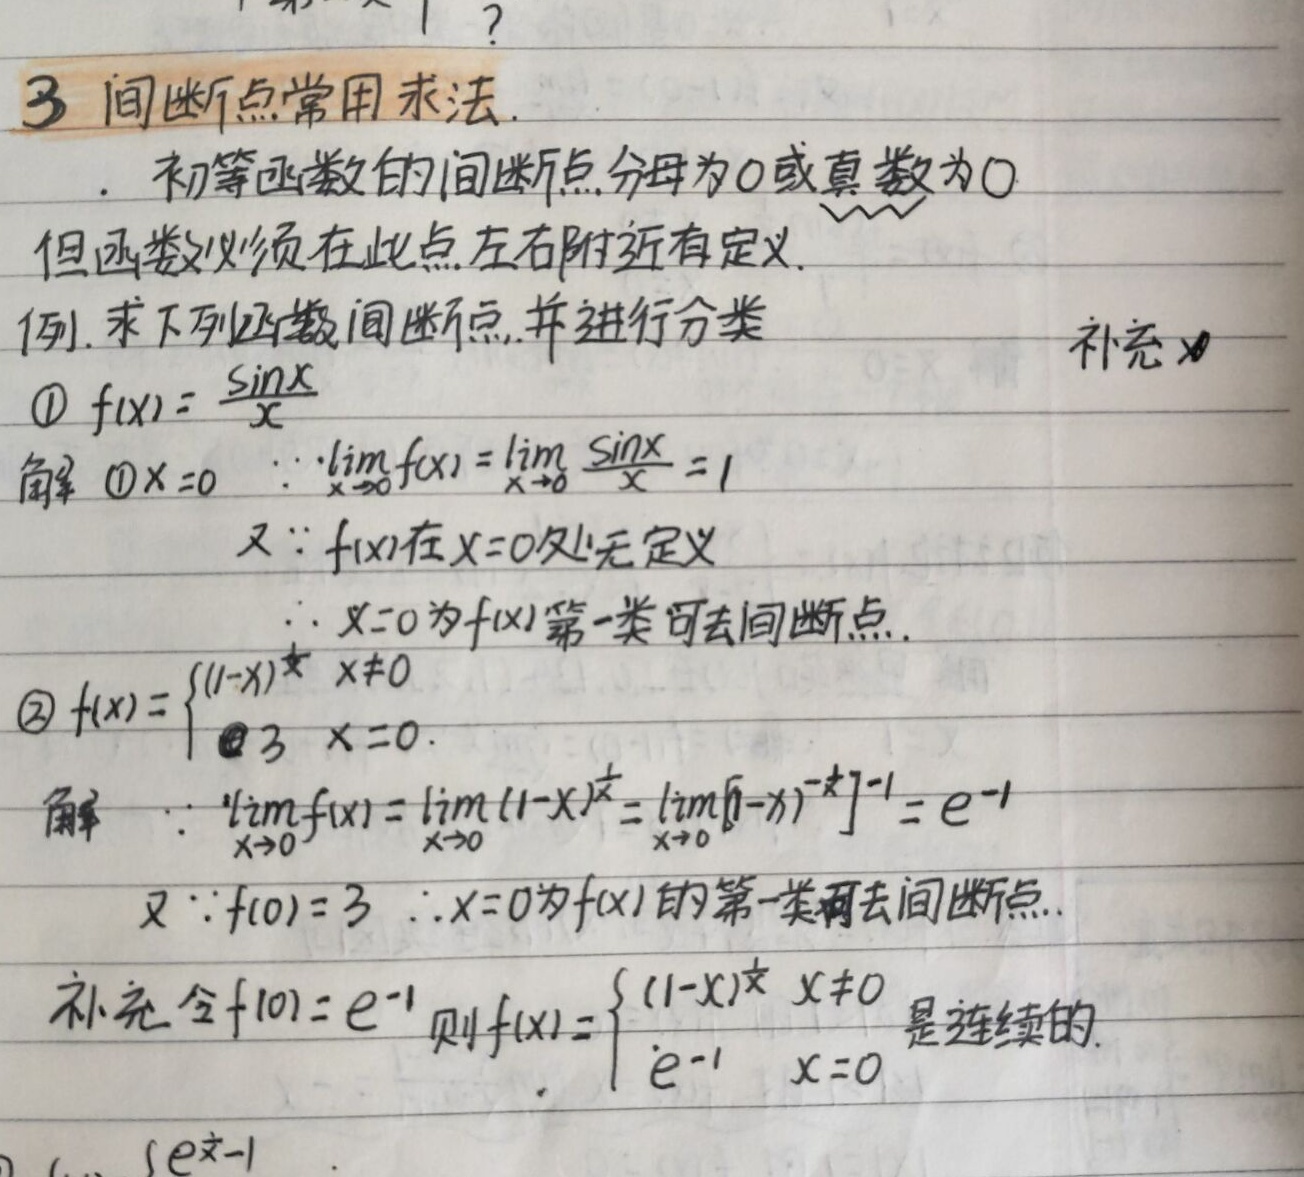
3 间断点常用求法.
. 初等函数的间断点分母为0或真数为0
但函数必须在此点左右附近有定义.
例. 求下列函数间断点, 并进行分类
补充✗
\begin{enumerate}
\item \(f(x)=\frac{\sin x}{x}\)
解 \(\textcircled{1}x = 0\quad\because\lim_{x\rightarrow0}f(x)=\lim_{x\rightarrow0}\frac{\sin x}{x}=1\)
又\(\because f(x)\)在\(x = 0\)处无定义
\(\therefore x = 0\)为\(f(x)\)第一类可去间断点.
\item \(f(x)=\begin{cases}(1 - x)^{\frac{1}{x}}&x\neq0\\3&x = 0\end{cases}\)
解 \(\because\lim_{x\rightarrow0}f(x)=\lim_{x\rightarrow0}(1 - x)^{\frac{1}{x}}=\lim_{x\rightarrow0}[(1 - x)^{-\frac{1}{x}}]^{-1}=e^{-1}\)
又\(\because f(0)=3\ \therefore x = 0\)为\(f(x)\)的第一类可去间断点.
补充 令\(f(0)=e^{-1}\)则\(f(x)=\begin{cases}(1 - x)^{\frac{1}{x}}&x\neq0\\e^{-1}&x = 0\end{cases}\)是连续的.
\end{enumerate}